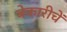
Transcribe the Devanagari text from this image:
बेकारीचें